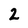
Character: 2